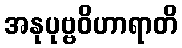
အနုပုဗ္ဗဝိဟာရာတိ